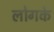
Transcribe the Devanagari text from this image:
लोगके